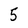
Character: 5